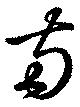
両